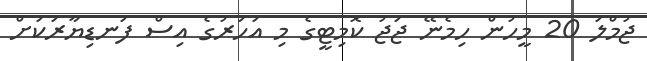
ޖުމްލަ 20 މީހުން ހިމެނޭ ޖަޖު ކޮމިޓީގެ މި އަހަރުގެ އިސް ފަނޑިޔާރަކަށް